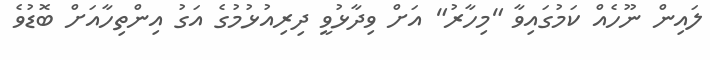
ލައިން ނޫހެއް ކަމުގައިވާ "މިހާރު" އަށް ވިދާޅުވީ ދިރިއުޅުމުގެ އަގު އިންތިހާއަށް ބޮޑުވެ